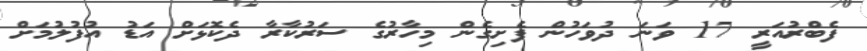
ފެބްރުއަރީ 17 ވަނަ ދުވަހުން ފެށިގެން މިހާރުގެ ސަރުކާރާ ދެކޮޅަށް އަޑު އުފުލުމަށް